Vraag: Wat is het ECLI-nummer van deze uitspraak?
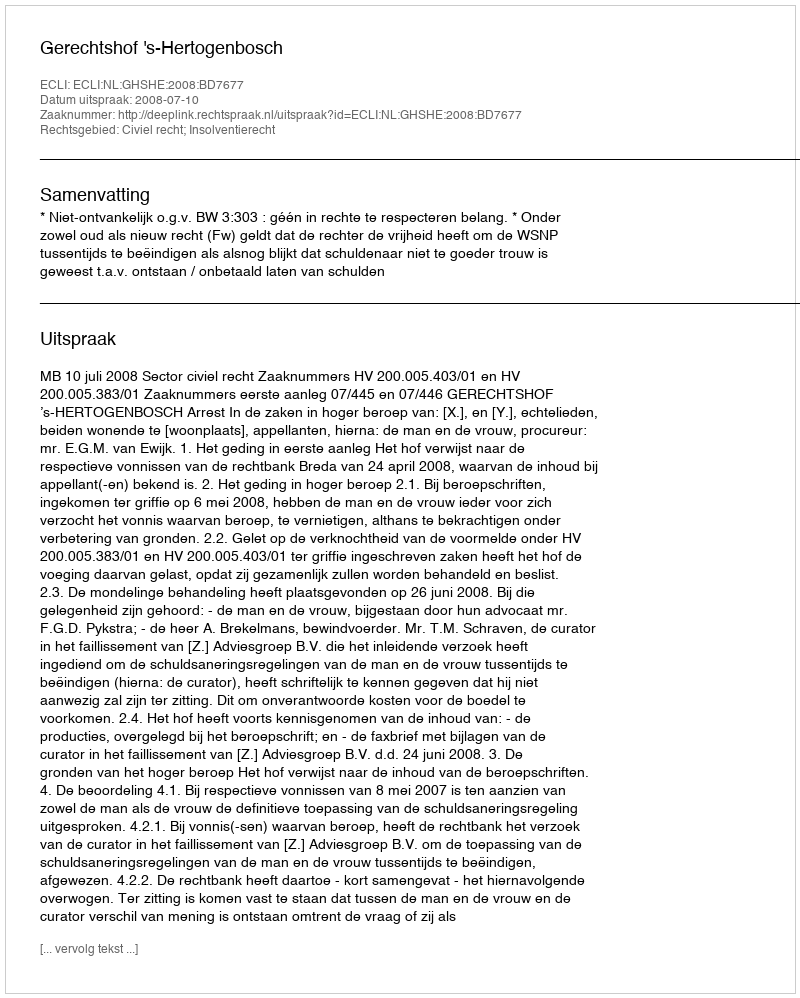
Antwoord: ECLI:NL:GHSHE:2008:BD7677